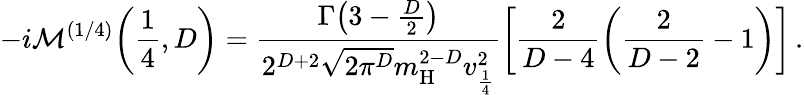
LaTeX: -i\mathcal{M}^{(1/4)}\bigg(\frac{1}{4},D\bigg)=\frac{\Gamma\big(3-\frac{D}{2}\big)}{2^{D+2}\sqrt{2\pi^{D}}m_{\mathrm{H}}^{2-D}v_{\frac{1}{4}}^{2}}\bigg[\frac{2}{D-4}\bigg(\frac{2}{D-2}-1\bigg)\bigg]\, .